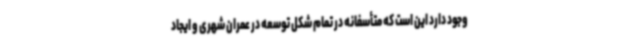
وجود دارد این است که متأسفانه در تمام شکل توسعه در عمران شهری و ایجاد